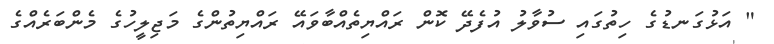
" އަޅުގަނޑުގެ ހިތުގައި ސުވާލު އުފެދޭ ކޮން ރައްޔިތެއްބާވައޭ ރައްޔިތުންގެ މަޖިލީހުގެ މެންބަރެއްގެ